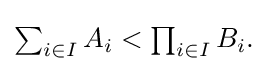
{\textstyle \sum _{i\in I}A_{i}<\prod _{i\in I}B_{i}.}